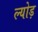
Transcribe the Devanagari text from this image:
ल्योड़